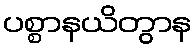
ပစ္စာနယိတွာန